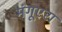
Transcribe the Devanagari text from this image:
मंगूएरा